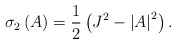
\begin{align*}\sigma _{2}\left( A\right) =\frac{1}{2}\left( J^{2}-\left\vert A\right\vert^{2}\right) . \end{align*}